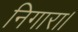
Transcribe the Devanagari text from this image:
निगारा।